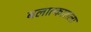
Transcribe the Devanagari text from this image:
बलात्‍काराला